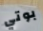
بوتي